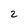
Character: 2